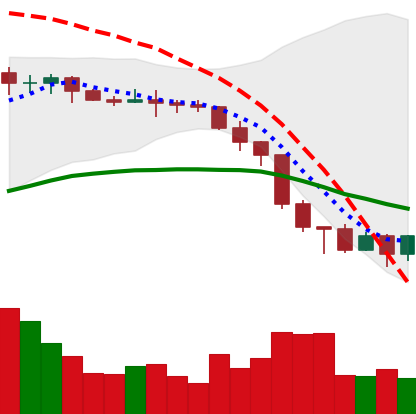
Ticker: XMR-USD
Chart end date: 2022-06-19
Forward return: 10.724%
Label: up_7plus